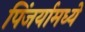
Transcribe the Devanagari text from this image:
पिंजर्यामध्ये